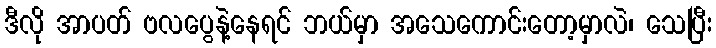
ဒီလို အာပတ် ဗလပွေနဲ့နေရင် ဘယ်မှာ အသေကောင်းတော့မှာလဲ၊ သေပြီး